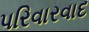
પરિવારવાદ